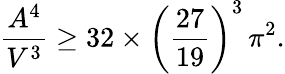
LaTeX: \frac{A^{4}}{V^{3}}\ge 32\times\left(\frac{27}{19}\right)^{3}\, \pi^{2}.